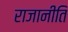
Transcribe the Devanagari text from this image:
राजानीति